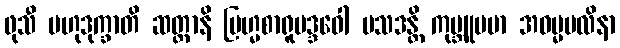
ဖုသီ ဗဟုဒုက္ခာတိ ဆတ္တာနိ ဗြဟ္မစာရူပဒ္ဒဝေါ ပသဒန္တိ ကုမ္ဘူပမာ အဓမ္မဗလိနာ